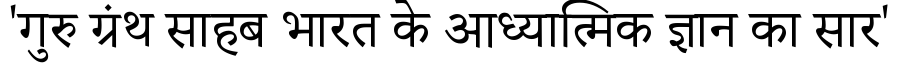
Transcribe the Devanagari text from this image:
'गुरु ग्रंथ साहब भारत के आध्यात्मिक ज्ञान का सार'